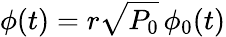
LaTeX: \phi(t)=r\sqrt{P_{0}}\, \phi_{0}(t)